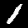
Label: 1